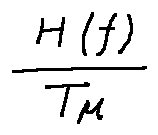
\frac { H ( f ) } { T \mu }